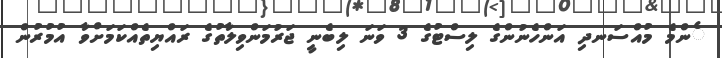
ެންމެ މުއްސަނދި އަންހެނުންގެ ލިސްޓުގެ 3 ވަނަ ލިބެނީ ޖަރުމަންވިލާތުގެ ރައްޔިތެއްކަމަށްވާ އުމުރުން